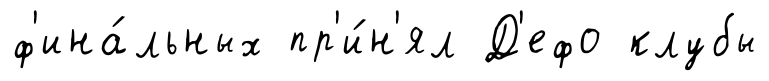
ф'ина́льных пр'и́н'ял Д'ефо клубы